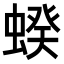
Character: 𧍜